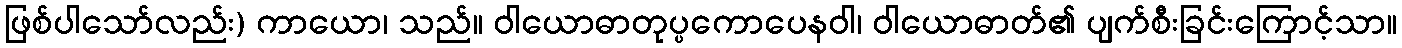
ဖြစ်ပါသော်လည်း) ကာယော၊ သည်။ ဝါယောဓာတုပ္ပကောပေနဝါ၊ ဝါယောဓာတ်၏ ပျက်စီးခြင်းကြောင့်သာ။